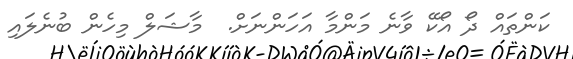
ކަންތައް ދޯ އޯކޭ ވާނެ މަންމާ އަހަންނަށް.  މާޝަލް މިހެން ބުނެލައި